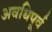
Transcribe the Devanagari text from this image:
अवधिपूर्व